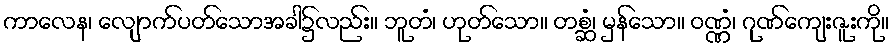
ကာလေန၊ လျောက်ပတ်သောအခါ၌လည်း။ ဘူတံ၊ ဟုတ်သော။ တစ္ဆံ၊ မှန်သော။ ဝဏ္ဏံ၊ ဂုဏ်ကျေးဇူးကို။